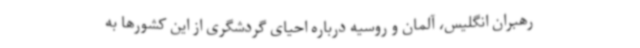
رهبران انگلیس، آلمان و روسیه درباره احیای گردشگری از این کشورها به